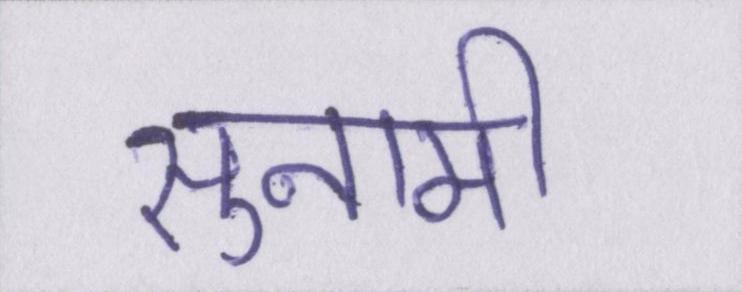
सुनामी